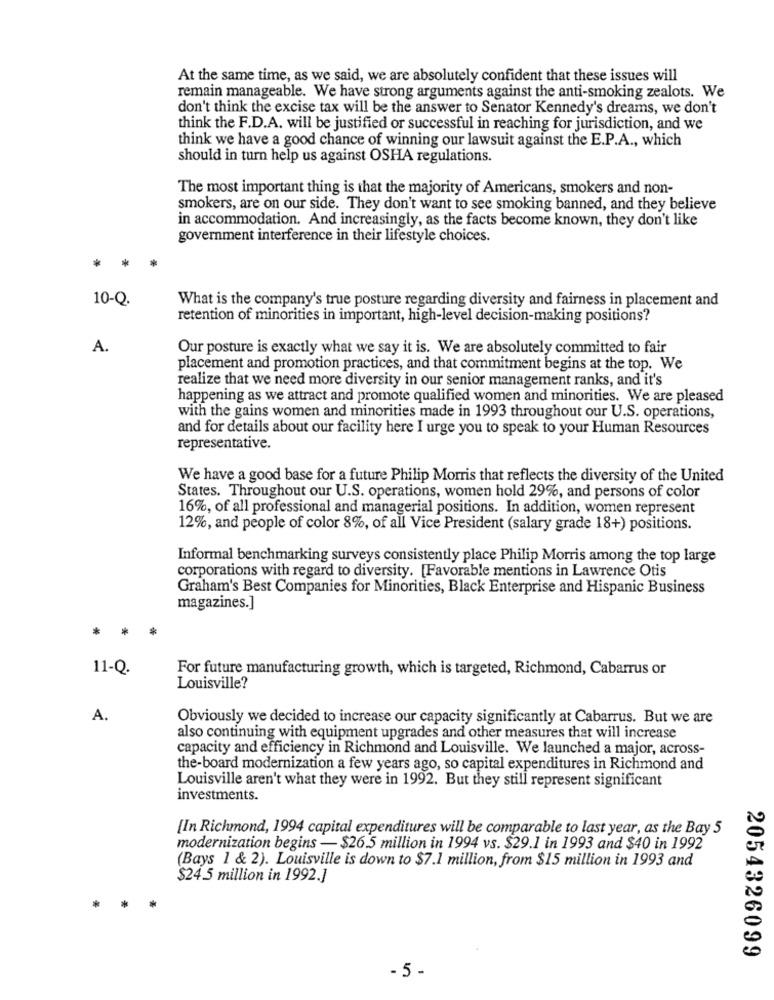
At the same time, as we said, we are absolutely confident that these issues will
remain manageable. We have strong arguments against the anti-smoking zealots. We
don't think the excise tax will be the answer to Senator Kennedy's dreams, we don't
think the F.D.A. will be justified or successful in reaching for jurisdiction, and we
think we have a good chance of winning our lawsuit against the E.P.A ., which
should in turn help us against OSHA regulations.
The most important thing is that the majority of Americans, smokers and non-
smokers, are on our side. They don't want to see smoking banned, and they believe
in accommodation. And increasingly, as the facts become known, they don't like
government interference in their lifestyle choices.
**
10-Q.
What is the company's true posture regarding diversity and fairness in placement and
retention of minorities in important, high-level decision-making positions?
A.
Our posture is exactly what we say it is. We are absolutely committed to fair
placement and promotion practices, and that commitment begins at the top. We
realize that we need more diversity in our senior management ranks, and it's
happening as we attract and promote qualified women and minorities. We are pleased
with the gains women and minorities made in 1993 throughout our U.S. operations,
and for details about our facility here I urge you to speak to your Human Resources
representative.
We have a good base for a future Philip Morris that reflects the diversity of the United
States. Throughout our U.S. operations, women hold 29%, and persons of color
16%, of all professional and managerial positions. In addition, women represent
12%, and people of color 8%, of all Vice President (salary grade 18+) positions.
Informal benchmarking surveys consistently place Philip Morris among the top large
corporations with regard to diversity. [Favorable mentions in Lawrence Otis
Graham's Best Companies for Minorities, Black Enterprise and Hispanic Business
magazines.]
* *
11-Q.
For future manufacturing growth, which is targeted, Richmond, Cabarrus or
Louisville?
A.
Obviously we decided to increase our capacity significantly at Cabarrus. But we are
also continuing with equipment upgrades and other measures that will increase
capacity and efficiency in Richmond and Louisville. We launched a major, across-
the-board modernization a few years ago, so capital expenditures in Richmond and
Louisville aren't what they were in 1992. But they still represent significant
investments.
[In Richmond, 1994 capital expenditures will be comparable to last year, as the Bay 5
modernization begins - $26.5 million in 1994 vs. $29.1 in 1993 and $40 in 1992
(Bays 1 & 2). Louisville is down to $7.1 million, from $15 million in 1993 and
$24.5 million in 1992.]
2054326099
- 5-